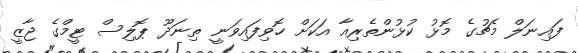
ފައިނަލް މެޗުގެ މޮޅު ކުޅުންތެރިއާ އަކަށް ހޮވިފައިވަނީ ތިނަދޫ ޕޮލިސް ޓީމްގެ ޖާޒީ